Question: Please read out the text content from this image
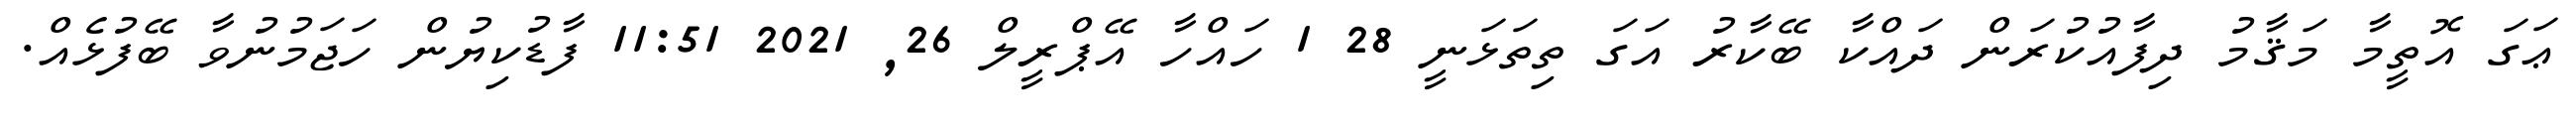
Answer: ޢަގަ އޮތީމާ މަޤާމު ދިފާއުކުރަން ދައްކާ ބޭކާރު އަގަ ތިތަޅަނީ 28 1 ހައްހާ އޭޕްރީލް 26, 2021 11:51 ފާޑުކިޔުން ހަޖަމުނުވާ ބޭފުޅެއް.